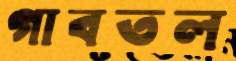
গাবতল